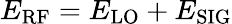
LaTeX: E_{\mathrm{RF}}=E_{\mathrm{LO}}+E_{\mathrm{SIG}}